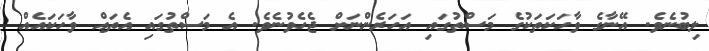
ލިބުނެވެ. އޭނާގެ ވާހަކަތަކުގެ މަސްތުގައި އަހަރެންނަށް ޖެހެވުނެވެ. އެ މަސްތުގައި އެތައް ވާހަކައެއް